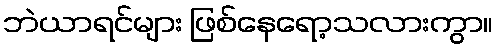
ဘဲယာရင်များ ဖြစ်နေရော့သလားကွာ။